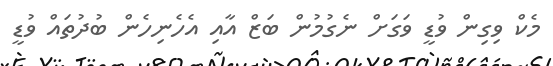
މެކް ވިގިން ވުޑީ ވަގަށް ނެގުމުން ބަޒް އާއި އެހެނިހެން ބުދުތައް ވުޑީ